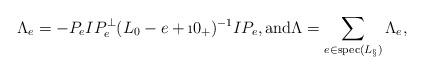
LaTeX: \begin{align*}\Lambda_e = -P_e I P^\perp_e (L_0-e+\i0_+)^{-1} I P_e,\mbox{and}\Lambda = \sum_{e\in{\rm spec}(L_\S)}\Lambda_e,\end{align*}